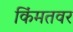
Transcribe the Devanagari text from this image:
किंमतवर